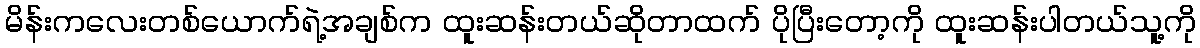
မိန်းကလေးတစ်ယောက်ရဲ့အချစ်က ထူးဆန်းတယ်ဆိုတာထက် ပိုပြီးတော့ကို ထူးဆန်းပါတယ်သူ့ကို